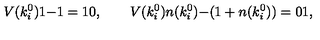
V ( k _ { i } ^ { 0 } ) { \binom { 1 } { - 1 } } = { \binom { 1 } { 0 } } , \qquad V ( k _ { i } ^ { 0 } ) { \binom { n ( k _ { i } ^ { 0 } ) } { - ( 1 + n ( k _ { i } ^ { 0 } ) ) } } = { \binom { 0 } { 1 } } ,